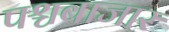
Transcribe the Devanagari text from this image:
पश्चबाजार